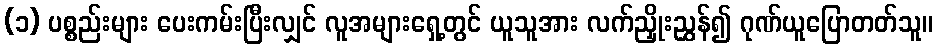
(၁) ပစ္စည်းများ ပေးကမ်းပြီးလျှင် လူအများရှေ့တွင် ယူသူအား လက်ညှိုးညွှန်၍ ဂုဏ်ယူပြောတတ်သူ။